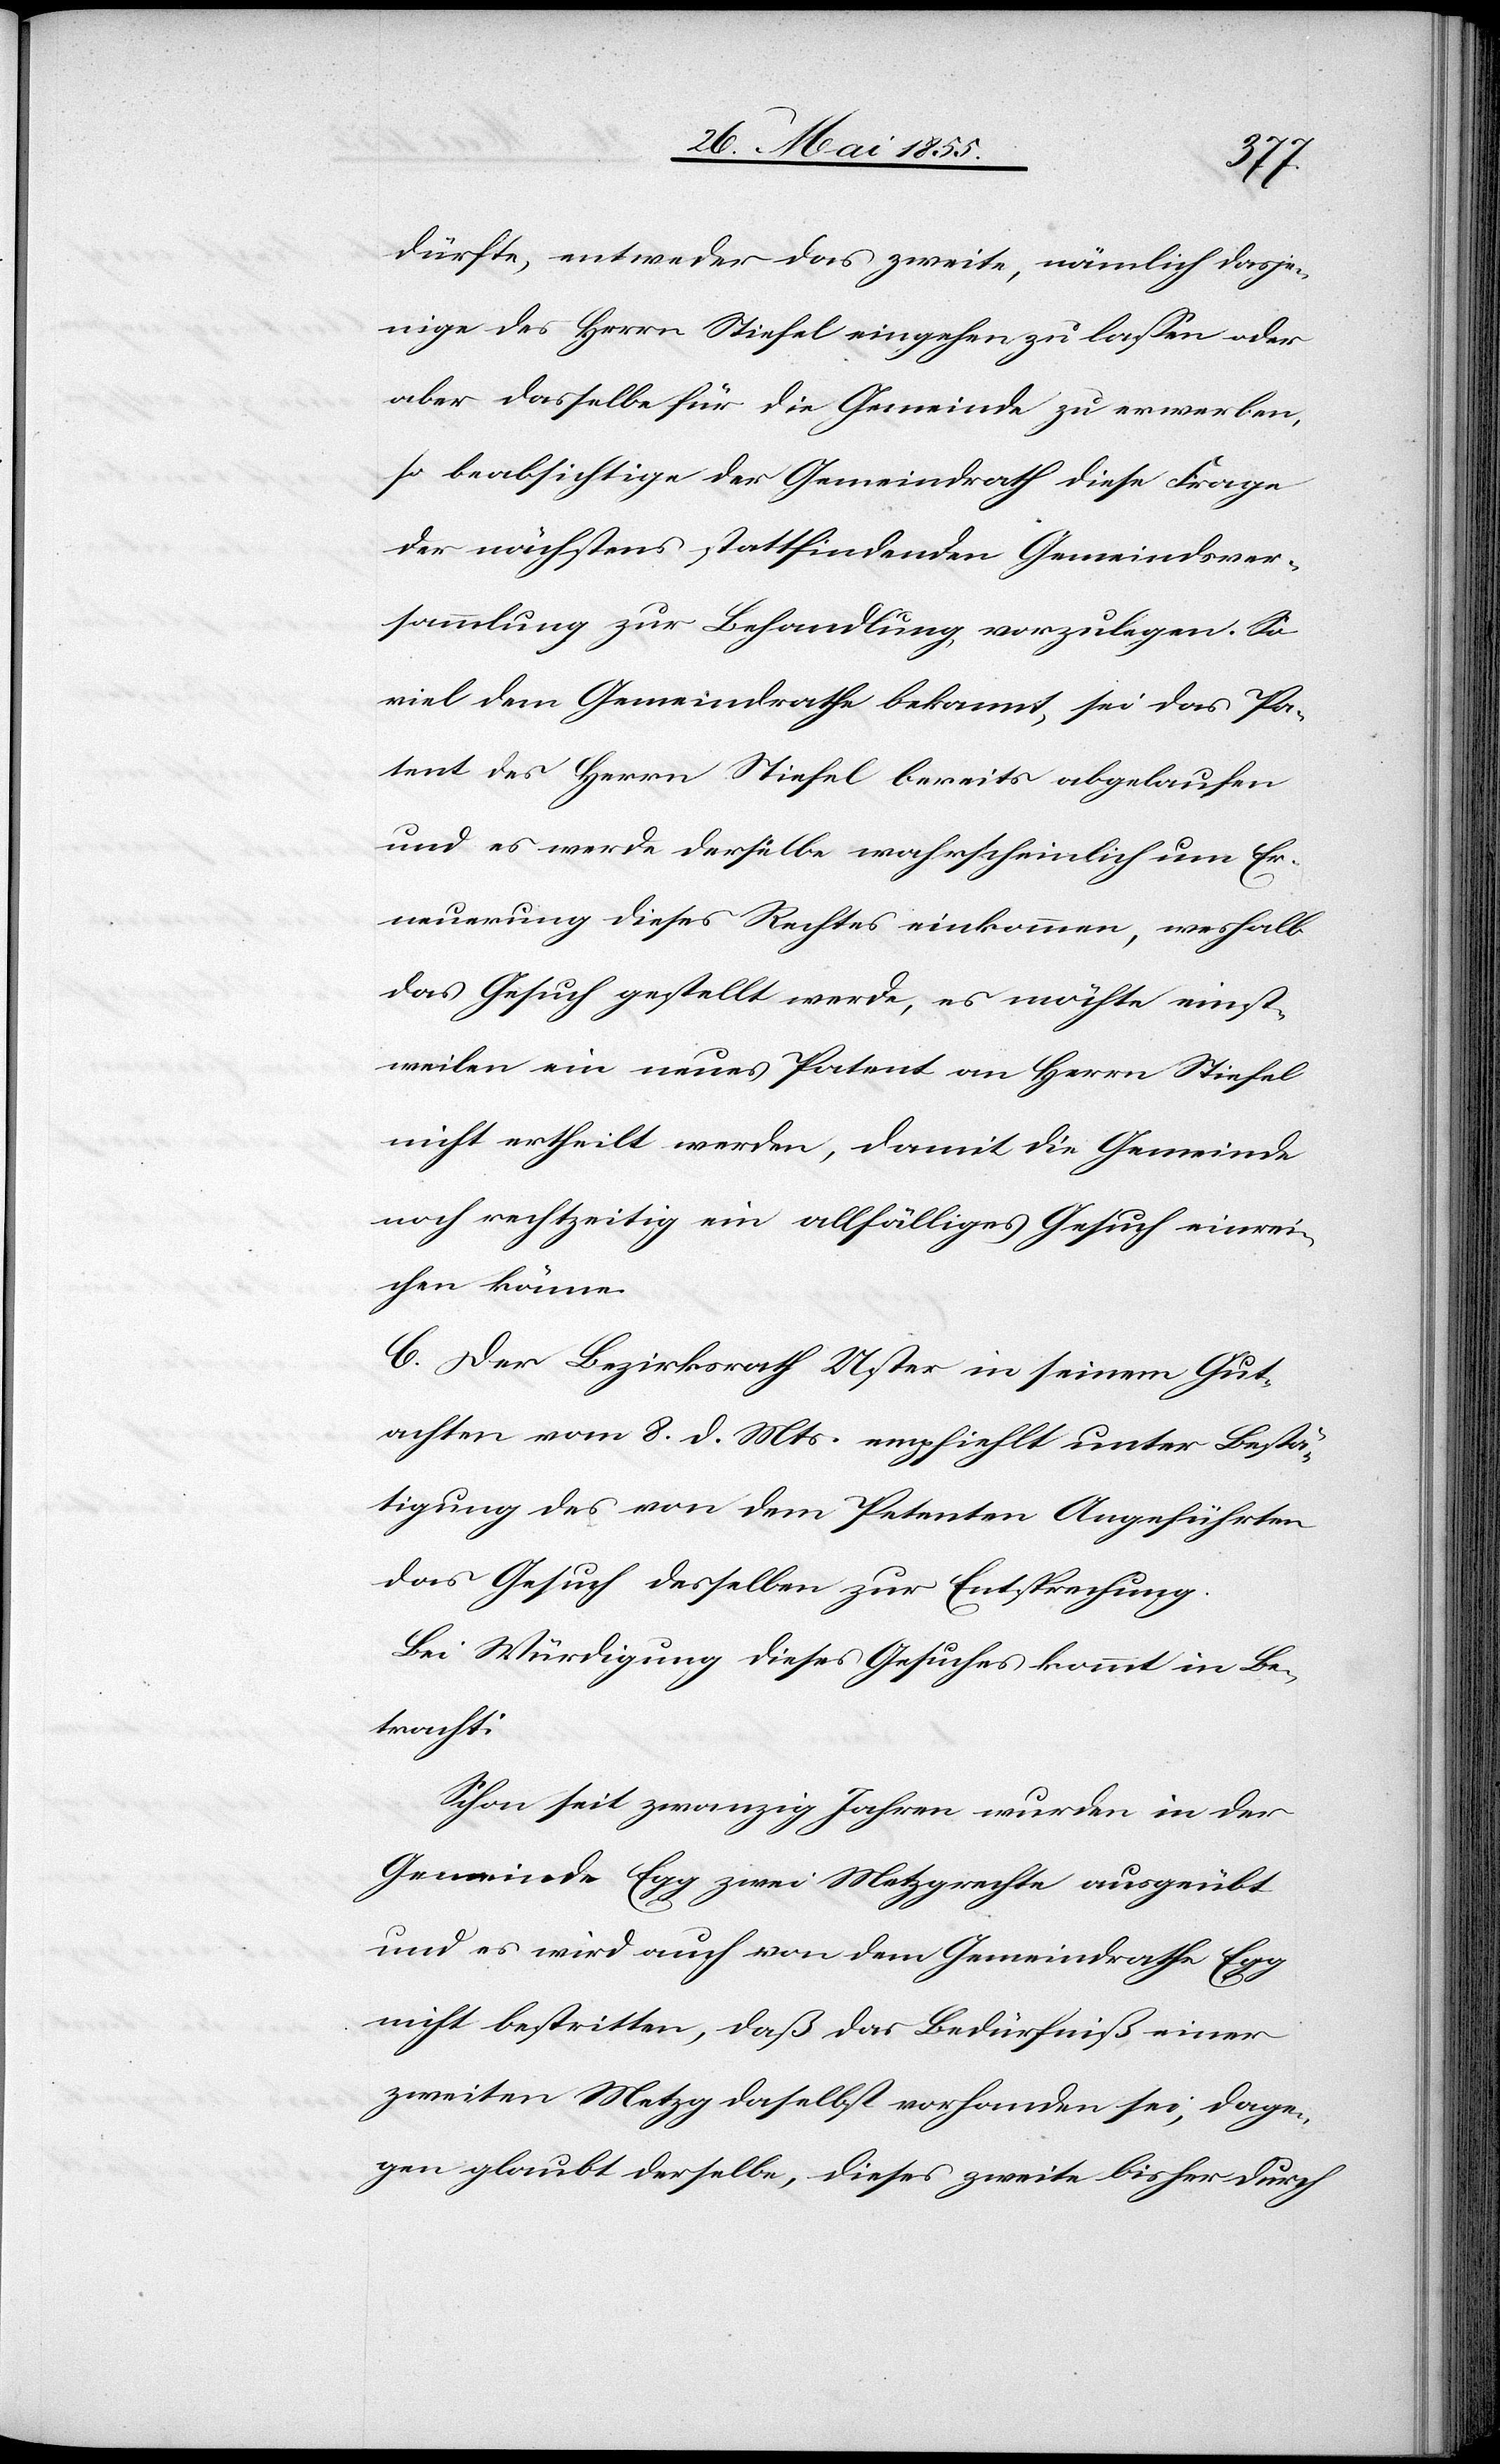
dürfte, entweder das zweite, nämlich dasje¬
nige des Herrn Stiefel eingehen zu lassen oder
aber dasselbe für die Gemeinde zu erwerben,
so beabsichtige der Gemeindrath diese Frage
der nächstens stattfindenden Gemeindsver¬
sammlung zur Behandlung vorzulegen. So
viel dem Gemeindrathe bekannt, sei das Pa¬
tent des Herrn Stiefel bereits abgelaufen
und es werde derselbe wahrscheinlich um Er¬
neuerung dieses Rechtes einkommen, weshalb
das Gesuch gestellt werde, es möchte einst¬
weilen ein neues Patent an Herrn Stiefel
nicht ertheilt werden, damit die Gemeinde
noch rechtzeitig ein allfälliges Gesuch einrei¬
chen könne.
C. Der Bezirksrath Uster in seinem Gut¬
achten vom 8. d. Mts. empfiehlt unter Bestä¬
tigung des von dem Petenten Angeführten
das Gesuch desselben zur Entsprechung.
Bei Würdigung dieses Gesuches kommt in Be¬
tracht:
Schon seit zwanzig Jahren wurden in der
Gemeinde Egg zwei Metzgrechte ausgeübt
und es wird auch von dem Gemeindrathe Egg
nicht bestritten, daß das Bedürfniß einer
zweiten Metzg daselbst vorhanden sei, dage¬
gen glaubt derselbe, dieses zweite bisher durch